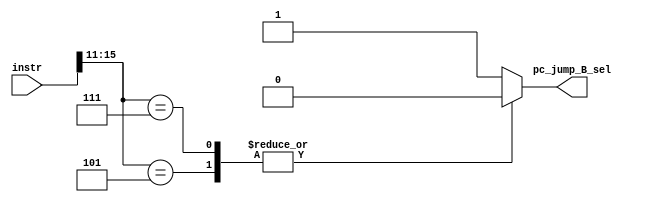
module pc_jump_B_sel(instr, pc_jump_B_sel);
input [15:0]instr;
output reg pc_jump_B_sel;

always@*begin 
	casex(instr[15:11])
	5'b011??:begin//branch instruction 
		pc_jump_B_sel=1;//1->use pc_add2_out

	end 

	5'b00100:begin//J, JAL, use displacement  
		pc_jump_B_sel=1;
  
	end 

	5'b00110:begin //JAL, use displacement
		pc_jump_B_sel=1;
   
	end 

	5'b00101:begin //JR, use rs
			pc_jump_B_sel=0;//0-> use rs
     
	end
	
	5'b00111:begin //JALR
		pc_jump_B_sel=0;
   
	end 

	default:begin 
		pc_jump_B_sel=1;
	  
  end 

	endcase
end 
endmodule